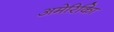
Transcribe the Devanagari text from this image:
अमेरिकिा